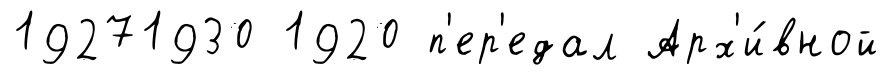
19271930 1920 п'ер'едал Арх'и́вной